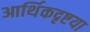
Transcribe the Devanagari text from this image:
आर्थिकदृष्टया